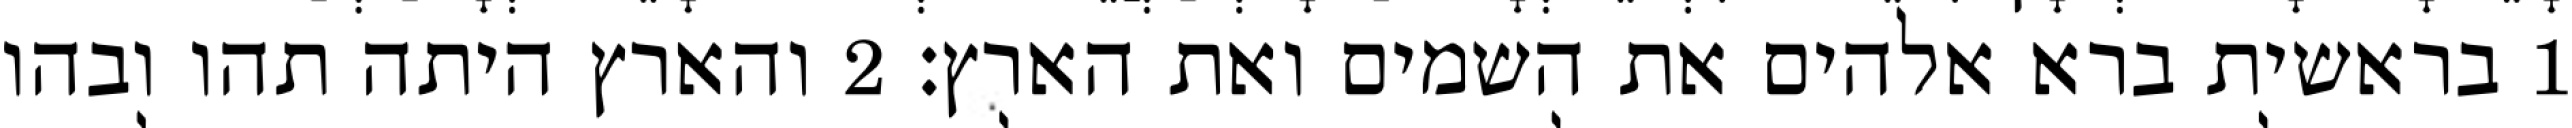
1 בראשית ברא אלהים את השמים ואת הארץ׃ ‎2‏ והארץ היתה תהו ובהו